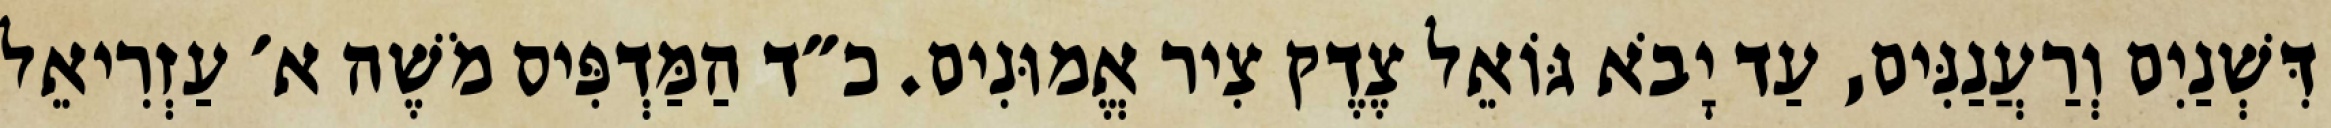
דִּשְׁנַיִם וְרַעֲנַנִּים, עַד יָבֹא גּוֹאֵל צֶדֶק צִיר אֱמוּנִים. כ״ד הַמַּדְפִּיס מֹשֶׁה א׳ עַזְרִיאֵל